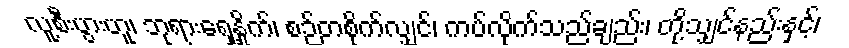
လူ့စီးပွားဟူ၊ ဘုရားရှေ့နှိုက်၊ စဉ်တစိုက်လျှင်၊ ကပ်လိုက်သည်ချည်း၊ တို့သျှင်နည်းနှင့်၊